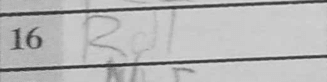
Transcription: Rd1